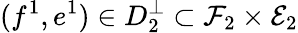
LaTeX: (f^{1},e^{1})\in D_{2}^{\bot}\subset\mathcal{F}_{2}\times\mathcal{E}_{2}